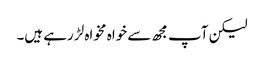
لیکن آپ مجھ سے خواہ مخواہ لڑ رہے ہیں۔